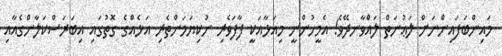
މައިންބަފައިންނަށް ލަޢުނަތް ލައްވާނދޭވެ! އެމީހުންނީ މިއަޅާއަކީ ފާފަވެރި ނުކިޔަމަންތެރި އަޅެއްގެ ގޮތުގައި އިބަރަސްކަލާންގެއާއި